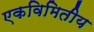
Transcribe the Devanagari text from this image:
एकविमितीय